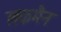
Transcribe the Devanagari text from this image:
लकमैन